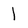
Character: 1